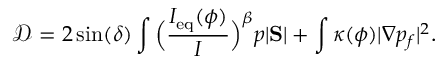
\mathcal D = 2 \sin ( \delta ) \int \Big ( \frac { I _ { \mathrm { e q } } ( \phi ) } { I } \Big ) ^ { \beta } p | \mathrm { \bf S } | + \int \kappa ( \phi ) | \nabla p _ { f } | ^ { 2 } .